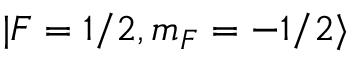
| F = 1 / 2 , m _ { F } = - 1 / 2 \rangle